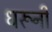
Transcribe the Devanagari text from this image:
धरूनी